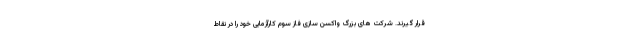
قرار گیرند. شرکت های بزرگ واکسن سازی فاز سوم کارآزمایی خود را در نقاط